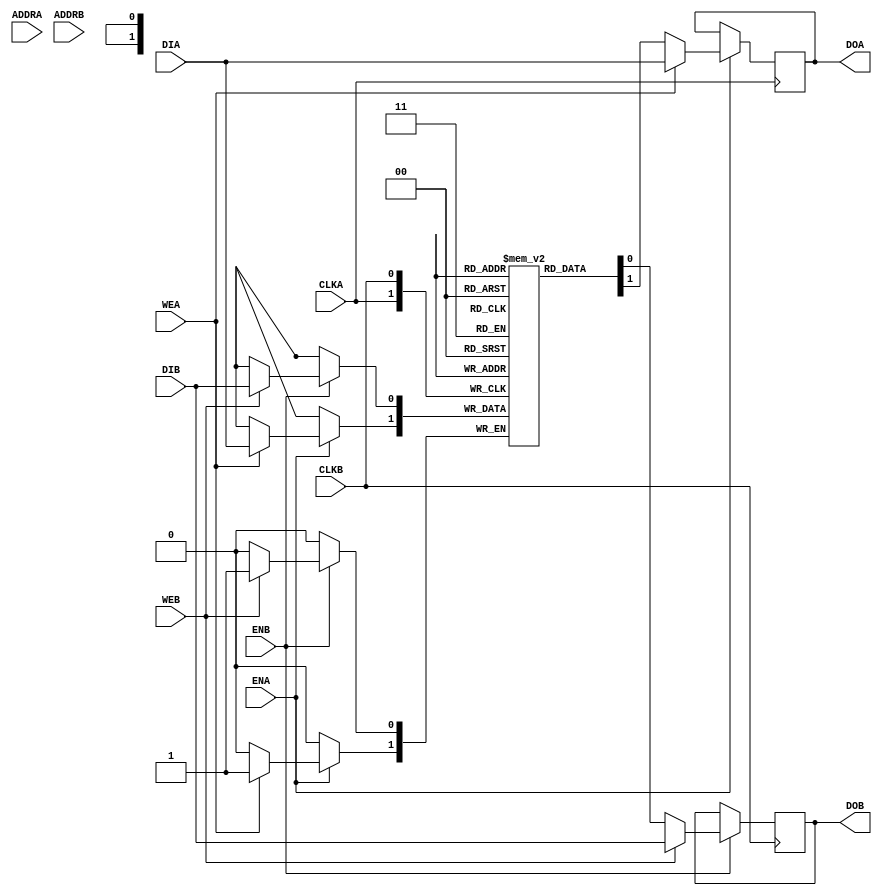
// Copyright (c) 2000-2011 Bluespec, Inc.

// Permission is hereby granted, free of charge, to any person obtaining a copy
// of this software and associated documentation files (the "Software"), to deal
// in the Software without restriction, including without limitation the rights
// to use, copy, modify, merge, publish, distribute, sublicense, and/or sell
// copies of the Software, and to permit persons to whom the Software is
// furnished to do so, subject to the following conditions:

// The above copyright notice and this permission notice shall be included in
// all copies or substantial portions of the Software.

// THE SOFTWARE IS PROVIDED "AS IS", WITHOUT WARRANTY OF ANY KIND, EXPRESS OR
// IMPLIED, INCLUDING BUT NOT LIMITED TO THE WARRANTIES OF MERCHANTABILITY,
// FITNESS FOR A PARTICULAR PURPOSE AND NONINFRINGEMENT. IN NO EVENT SHALL THE
// AUTHORS OR COPYRIGHT HOLDERS BE LIABLE FOR ANY CLAIM, DAMAGES OR OTHER
// LIABILITY, WHETHER IN AN ACTION OF CONTRACT, TORT OR OTHERWISE, ARISING FROM,
// OUT OF OR IN CONNECTION WITH THE SOFTWARE OR THE USE OR OTHER DEALINGS IN
// THE SOFTWARE.
//
// $Revision: 28325 $
// $Date: 2012-04-25 18:22:57 +0000 (Wed, 25 Apr 2012) $

`ifdef BSV_ASSIGNMENT_DELAY
`else
 `define BSV_ASSIGNMENT_DELAY
`endif

// Dual-Ported BRAM (WRITE FIRST) with byte enables and ability to load from a file
module BRAM2BELoad(CLKA,
                   ENA,
                   WEA,
                   ADDRA,
                   DIA,
                   DOA,
                   CLKB,
                   ENB,
                   WEB,
                   ADDRB,
                   DIB,
                   DOB
                  );

   parameter                      FILENAME   = "";
   parameter                      PIPELINED  = 0;
   parameter                      ADDR_WIDTH = 1;
   parameter                      DATA_WIDTH = 1;
   parameter                      CHUNKSIZE  = 1;
   parameter                      WE_WIDTH   = 1;
   parameter                      MEMSIZE    = 1;
   parameter                      BINARY     = 0;

   input                          CLKA;
   input                          ENA;
   input [WE_WIDTH-1:0]           WEA;
   input [ADDR_WIDTH-1:0]         ADDRA;
   input [DATA_WIDTH-1:0]         DIA;
   output [DATA_WIDTH-1:0]        DOA;

   input                          CLKB;
   input                          ENB;
   input [WE_WIDTH-1:0]           WEB;
   input [ADDR_WIDTH-1:0]         ADDRB;
   input [DATA_WIDTH-1:0]         DIB;
   output [DATA_WIDTH-1:0]        DOB;

   reg [DATA_WIDTH-1:0]           RAM[0:MEMSIZE-1] /* synthesis syn_ramstyle="no_rw_check" */ ;
   reg [DATA_WIDTH-1:0]           DOA_R;
   reg [DATA_WIDTH-1:0]           DOA_R2;
   reg [DATA_WIDTH-1:0]           DOB_R;
   reg [DATA_WIDTH-1:0]           DOB_R2;

   reg  [DATA_WIDTH-1:0]          DATA_A;
   wire [DATA_WIDTH-1:0]          DATA_Awr;
   reg  [DATA_WIDTH-1:0]          DATA_B;
   wire [DATA_WIDTH-1:0]          DATA_Bwr;

   assign DATA_Awr = RAM[ADDRA];
   assign DATA_Bwr = RAM[ADDRB];

   // synopsys translate_off
   initial
   begin : init_block
`ifdef BSV_NO_INITIAL_BLOCKS
`else
      integer i;
      for (i = 0; i < MEMSIZE; i = i + 1) begin
         RAM[i] = { ((DATA_WIDTH+1)/2) { 2'b10 } };
      end
      DOA_R  = { ((DATA_WIDTH+1)/2) { 2'b10 } };
      DOA_R2 = { ((DATA_WIDTH+1)/2) { 2'b10 } };
      DOB_R  = { ((DATA_WIDTH+1)/2) { 2'b10 } };
      DOB_R2 = { ((DATA_WIDTH+1)/2) { 2'b10 } };
`endif // !`ifdef BSV_NO_INITIAL_BLOCKS
      if (BINARY)
        $readmemb(FILENAME, RAM, 0, MEMSIZE-1);
      else
        $readmemh(FILENAME, RAM, 0, MEMSIZE-1);
   end
   // synopsys translate_on

   // PORT A

   // iverilog does not support the full verilog-2001 language.  This fixes that for simulation.
`ifdef __ICARUS__
   reg [DATA_WIDTH-1:0] MASKA, IMASKA;

   always @(WEA or DIA or DATA_Awr) begin : combo1
      integer j;
      MASKA  = 0;
      IMASKA = 0;

      for(j = WE_WIDTH-1; j >= 0; j = j - 1) begin
         if (WEA[j]) MASKA = (MASKA << 8) | { { DATA_WIDTH-CHUNKSIZE { 1'b0 } }, { CHUNKSIZE { 1'b1 } } };
         else        MASKA = (MASKA << 8);
      end
      IMASKA = ~MASKA;

      DATA_A = (DATA_Awr & IMASKA) | (DIA & MASKA);
   end

`else
   always @(WEA or DIA or DATA_Awr) begin : combo1
      integer j;
      // DATA_A = 0; // While this line is better coding sytle, it leads to incorrect synthsis for some tools
      for(j = 0; j < WE_WIDTH; j = j + 1) begin
         if (WEA[j]) DATA_A[j*CHUNKSIZE +: CHUNKSIZE] = DIA[j*CHUNKSIZE +: CHUNKSIZE];
         else        DATA_A[j*CHUNKSIZE +: CHUNKSIZE] = DATA_Awr[j*CHUNKSIZE +: CHUNKSIZE];
      end
   end
`endif // !`ifdef __ICARUS__

   always @(posedge CLKA) begin
      if (ENA) begin
         if (|WEA) begin
            RAM[ADDRA] <= `BSV_ASSIGNMENT_DELAY DATA_A;
            DOA_R <= `BSV_ASSIGNMENT_DELAY DATA_A;
         end
         else begin
            DOA_R <= `BSV_ASSIGNMENT_DELAY RAM[ADDRA];
         end
      end
      DOA_R2 <= `BSV_ASSIGNMENT_DELAY DOA_R;
   end

   // PORT B

   // iverilog does not support the full verilog-2001 language.  This fixes that for simulation.
`ifdef __ICARUS__
   reg [DATA_WIDTH-1:0] MASKB, IMASKB;

   always @(WEB or DIB or DATA_Bwr) begin : combo2
      integer j;
      MASKB  = 0;
      IMASKB = 0;

      for(j = WE_WIDTH-1; j >= 0; j = j - 1) begin
         if (WEB[j]) MASKB = (MASKB << 8) | { { DATA_WIDTH-CHUNKSIZE { 1'b0 } }, { CHUNKSIZE { 1'b1 } } };
         else        MASKB = (MASKB << 8);
      end
      IMASKB = ~MASKB;

      DATA_B = (DATA_Bwr & IMASKB) | (DIB & MASKB);
   end

`else
   always @(WEB or DIB or DATA_Bwr) begin : combo2
      integer j;
      // DATA_B = 0; // While this line is better coding sytle, it leads to incorrect synthsis for some tools
      for(j = 0; j < WE_WIDTH; j = j + 1) begin
         if (WEB[j]) DATA_B[j*CHUNKSIZE +: CHUNKSIZE] = DIB[j*CHUNKSIZE +: CHUNKSIZE];
         else        DATA_B[j*CHUNKSIZE +: CHUNKSIZE] = DATA_Bwr[j*CHUNKSIZE +: CHUNKSIZE];
      end
   end
`endif // !`ifdef __ICARUS__

   always @(posedge CLKB) begin
      if (ENB) begin
         if (|WEB) begin
            RAM[ADDRB] <= `BSV_ASSIGNMENT_DELAY DATA_B;
            DOB_R <= `BSV_ASSIGNMENT_DELAY DATA_B;
         end
         else begin
            DOB_R <= `BSV_ASSIGNMENT_DELAY RAM[ADDRB];
         end
      end
      DOB_R2 <= `BSV_ASSIGNMENT_DELAY DOB_R;
   end

   // Output drivers
   assign DOA = (PIPELINED) ? DOA_R2 : DOA_R;
   assign DOB = (PIPELINED) ? DOB_R2 : DOB_R;

endmodule // BRAM2BELoad